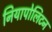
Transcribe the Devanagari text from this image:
नियापोलिटन